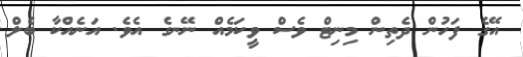
އޭގެ ފަހުން ދެތިން މިނިޓް ވެސް ވީކަމެއް ނޭނގެ އެވެ. އަނެއްކާ ބެލް